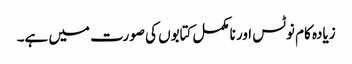
زیادہ کام نوٹس اور نامکمل کتابوں کی صورت میں ہے۔